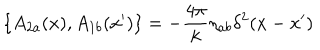
\{ A _ { 2 a } ( x ) , A _ { 1 b } ( x ^ { \prime } ) \} = - \frac { 4 \pi } { k } \eta _ { a b } \delta ^ { 2 } ( x - x ^ { \prime } )